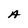
Character: A